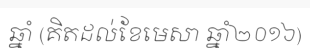
ឆ្នាំ (គិតដល់ខែមេសា ឆ្នាំ២០១៦)